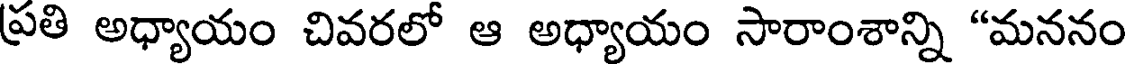
ప్రతి అధ్యాయం చివరలో ఆ అధ్యాయం సారాంశాన్ని "మననం